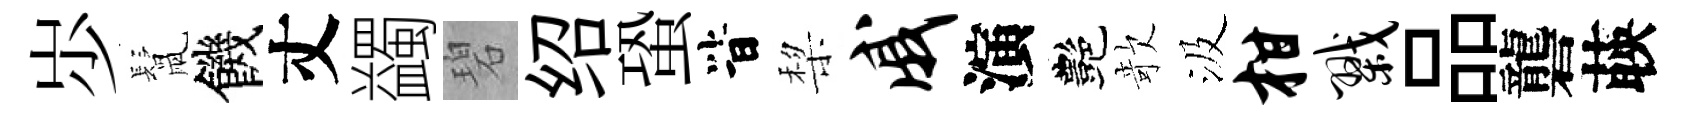
𡵯鬛饑丈蠲碧绍蛩𣅜棃戚演艷欹汲柑戮品礱𦴤